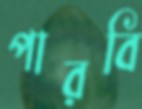
পারবি